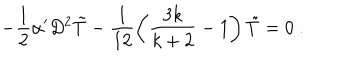
- \frac { 1 } { 2 } \alpha ^ { \prime } D ^ { 2 } \tilde { T } - \frac { 1 } { 1 2 } \left( \frac { 3 k } { k + 2 } - 1 \right) \tilde { T } = 0 ~ .